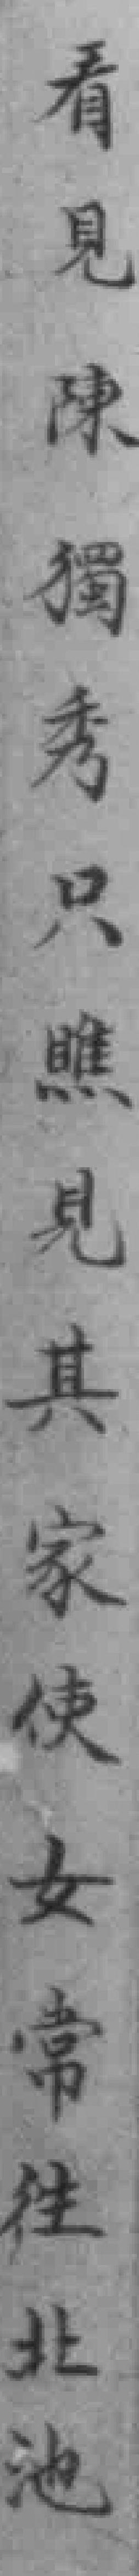
看見陳獨秀只瞧見其家使女常往北池